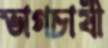
ভাগচাষী